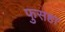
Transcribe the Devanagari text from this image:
फुसहा